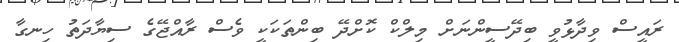
ރައީސް ވިދާޅުވީ ބިދޭސީންނަށް މިލްކް ކޮށްދޭ ބިންތަކަކީ ވެސް ރާއްޖޭގެ ސިޔާދަތު ހިނގާ